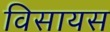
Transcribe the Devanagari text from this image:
विसायस